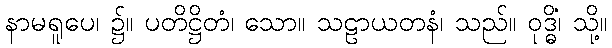
နာမရူပေ၊ ၌။ ပတိဋ္ဌိတံ၊ သော။ သဠာယတနံ၊ သည်။ ဝုဒ္ဓိံ၊ သို့။